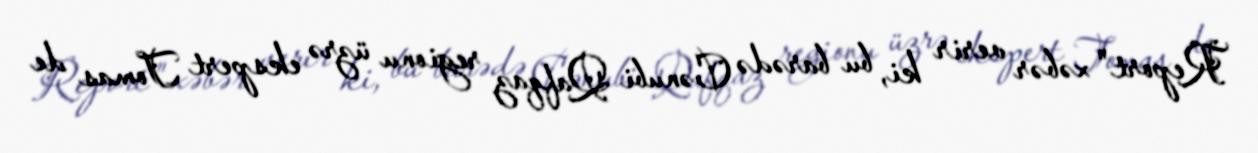
Report" xəbər verir ki, bu barədə Cənubi Qafqaz regionu üzrə ekspert Tomas de